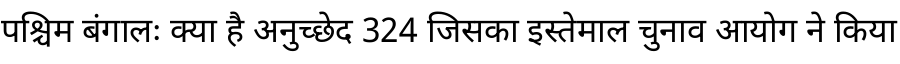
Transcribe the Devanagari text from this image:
पश्चिम बंगालः क्या है अनुच्छेद 324 जिसका इस्तेमाल चुनाव आयोग ने किया